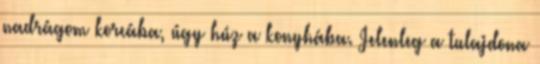
nadrágom korcába, úgy húz a konyhába. Jelenleg a tulajdona